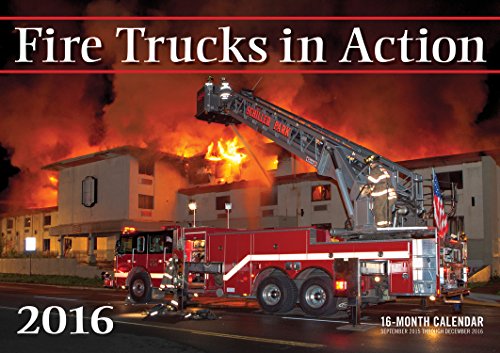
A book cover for Fire Trucks in Action 2016: 16-Month Calendar September 2015 through December 2016; Calendars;